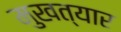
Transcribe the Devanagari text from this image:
मुखत्यार